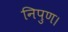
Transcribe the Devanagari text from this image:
निपुण।